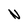
Character: N